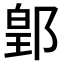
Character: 𨜔